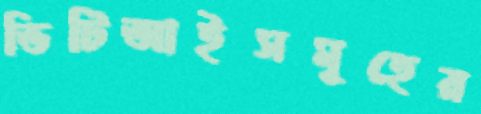
ভিটিআইসমূহের